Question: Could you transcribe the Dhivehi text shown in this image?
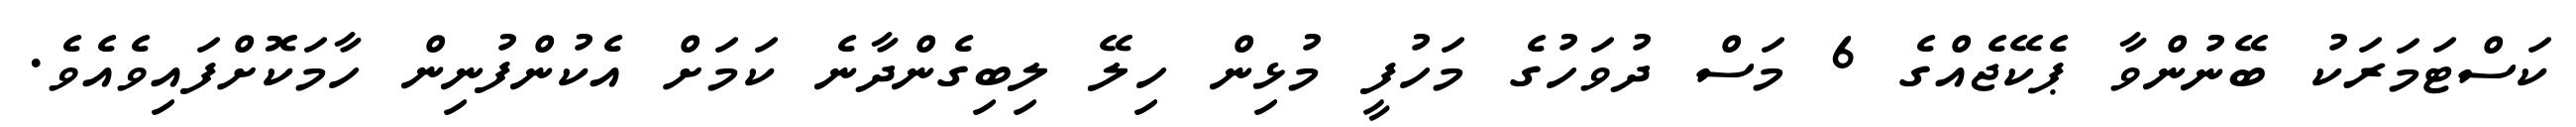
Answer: ކަސްޓަމަރަކު ބޭނުންވާ ޕެކޭޖެއްގެ 6 މަސް ދުވަހުގެ މަހުފީ މުޅިން ހިލޭ ލިބިގެންދާނެ ކަމަށް އެކުންފުނިން ހާމަކޮށްފައިވެއެވެ.